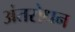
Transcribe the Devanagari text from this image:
अंतरोधन